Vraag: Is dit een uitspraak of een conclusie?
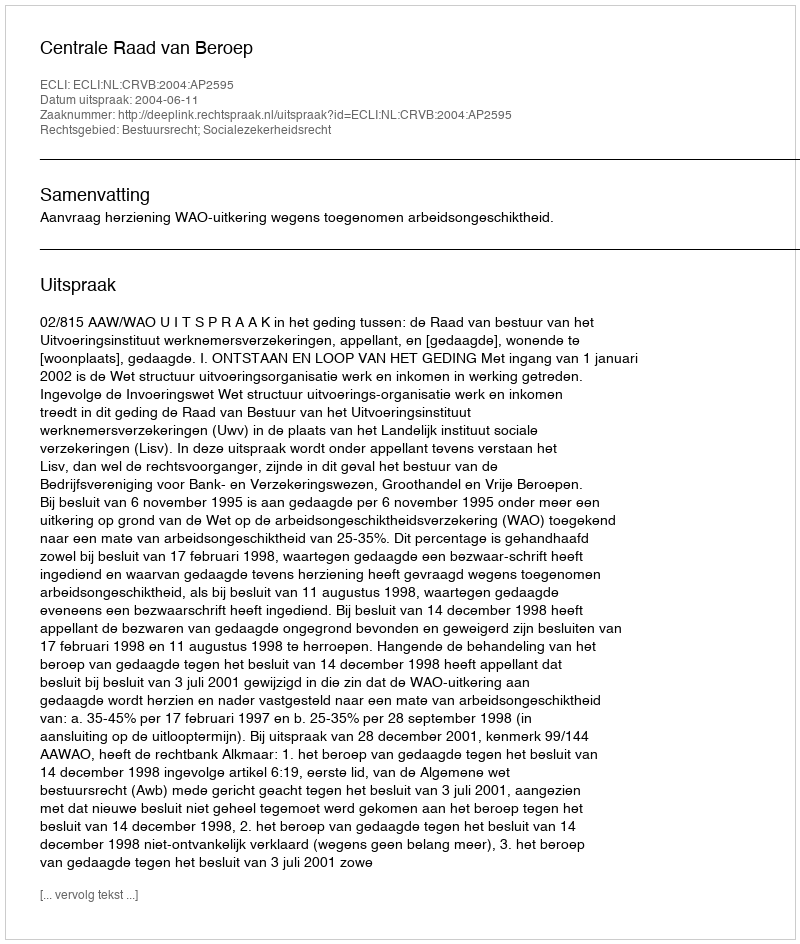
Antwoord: Uitspraak